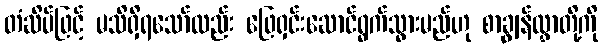
တံဆိပ်ဖြင့် မသိရှိရသော်လည်း ဖြေရှင်းဆောင်ရွက်သွားမည်ဟု စာချွန်လွှာတို့ကို